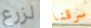
لزرع سرقنا